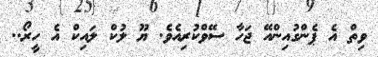
ވިތް އެ ޕެންގުއިންއޭ ޖަހާ ސޭވްކުރިއެވެ. ޔޫ ލުކް ލައިކް އެ ހީރޯ..